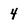
Character: 4